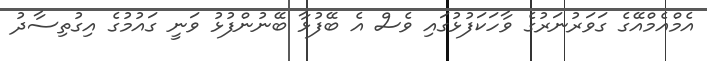
އެމްއެމްއޭގެ ގަވަރުނަރުގެ ވާހަކަފުޅުގައި ވެސް އެ ބޭފުޅާ ބޭނުންފުޅު ވަނީ ގައުމުގެ އިގުތިސާދު